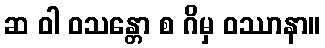
ဆ ဝါ ဝသန္တော စ ဂိမှ ဝဿာနာ။